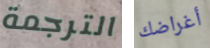
الترجمة أغراضك